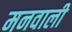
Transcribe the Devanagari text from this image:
मनवाली